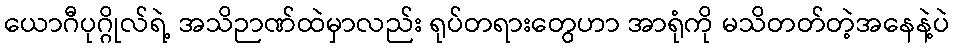
ယောဂီပုဂ္ဂိုလ်ရဲ့ အသိဉာဏ်ထဲမှာလည်း ရုပ်တရားတွေဟာ အာရုံကို မသိတတ်တဲ့အနေနဲ့ပဲ